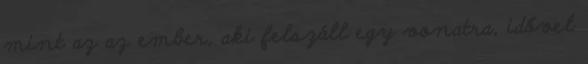
mint az az ember, aki felszáll egy vonatra, idővel